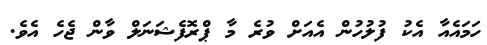
ހަމައެއާ އެކު ފުލުހުން އެއަށް ވުރެ މާ ޕްރޮފެޝަނަލް ވާން ޖެހެ އެވެ.